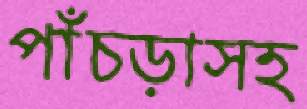
পাঁচড়াসহ